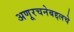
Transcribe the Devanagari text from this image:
अणूरचनेबद्दलचे